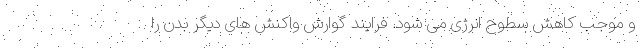
و موجب کاهش سطوح انرژی می شود. فرایند گوارش واکنش های دیگر بدن را